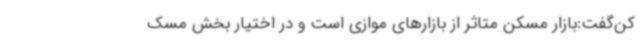
کن‌گفت:بازار مسکن متاثر از بازارهای موازی است و در اختیار بخش مسک